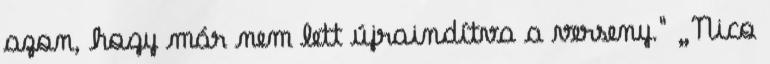
azon, hogy már nem lett újraindítva a verseny." „Nico